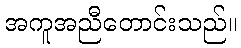
အကူအညီတောင်းသည်။